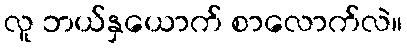
လူ ဘယ်နှယောက် စာလောက်လဲ။